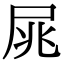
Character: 𡱜